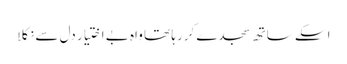
اسکے ساتھ سجدے کررہا تھا واہ بے اختیار دل سے نکلا